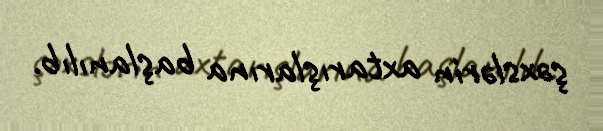
şəxslərin axtarışlarına başlanılıb.